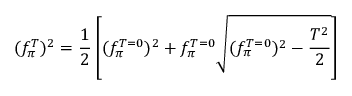
( f _ { \pi } ^ { T } ) ^ { 2 } = \frac { 1 } { 2 } \left[ ( f _ { \pi } ^ { T = 0 } ) ^ { 2 } + f _ { \pi } ^ { T = 0 } \sqrt { ( f _ { \pi } ^ { T = 0 } ) ^ { 2 } - \frac { T ^ { 2 } } { 2 } } \right]